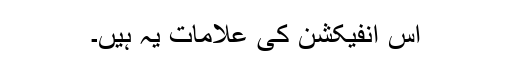
اس انفیکشن کی علامات یہ ہیں۔